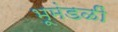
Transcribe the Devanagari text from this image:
भूमंडळीं